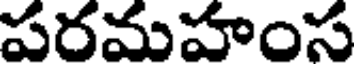
పరమహంస